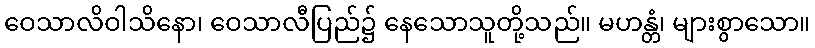
ဝေသာလိဝါသိနော၊ ဝေသာလီပြည်၌ နေသောသူတို့သည်။ မဟန္တံ၊ များစွာသော။